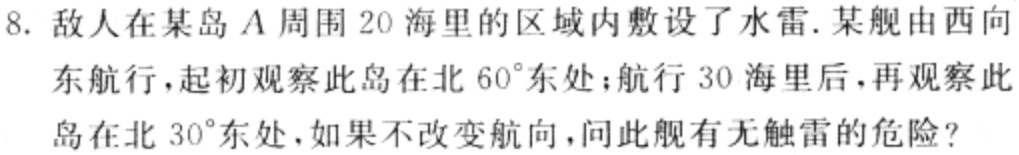
8. 敌人在某岛\(A\)周围\(20\)海里的区域内敷设了水雷. 某舰由西向东航行，起初观察此岛在北\(60^{\circ}\)东处；航行\(30\)海里后，再观察此岛在北\(30^{\circ}\)东处，如果不改变航向，问此舰有无触雷的危险？